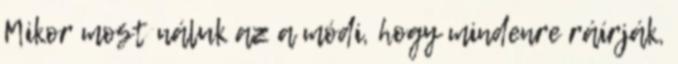
Mikor most náluk az a módi, hogy mindenre ráírják,